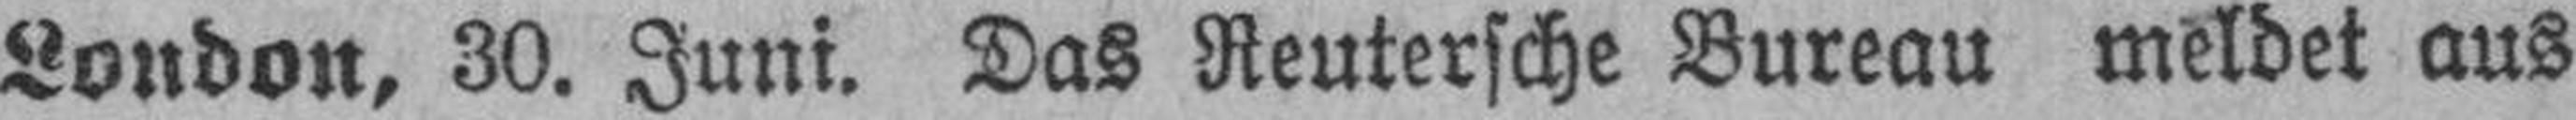
London, 30. Juni. Das Reutersche Bureau meldet aus